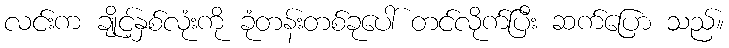
လင်းက ချိုင့်နှစ်လုံးကို ခုံတန်းတစ်ခုပေါ် တင်လိုက်ပြီး ဆက်ပြော သည်။